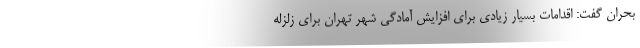
بحران گفت: اقدامات بسیار زیادی برای افزایش آمادگی شهر تهران برای زلزله